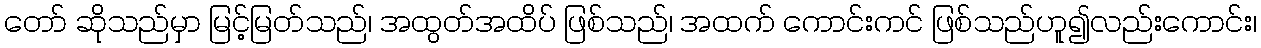
တော် ဆိုသည်မှာ မြင့်မြတ်သည်၊ အထွတ်အထိပ် ဖြစ်သည်၊ အထက် ကောင်းကင် ဖြစ်သည်ဟူ၍လည်းကောင်း၊